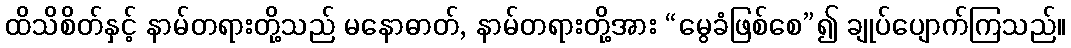
ထိသိစိတ်နှင့် နာမ်တရားတို့သည် မနောဓာတ်, နာမ်တရားတို့အား “မွေခံဖြစ်စေ”၍ ချုပ်ပျောက်ကြသည်။